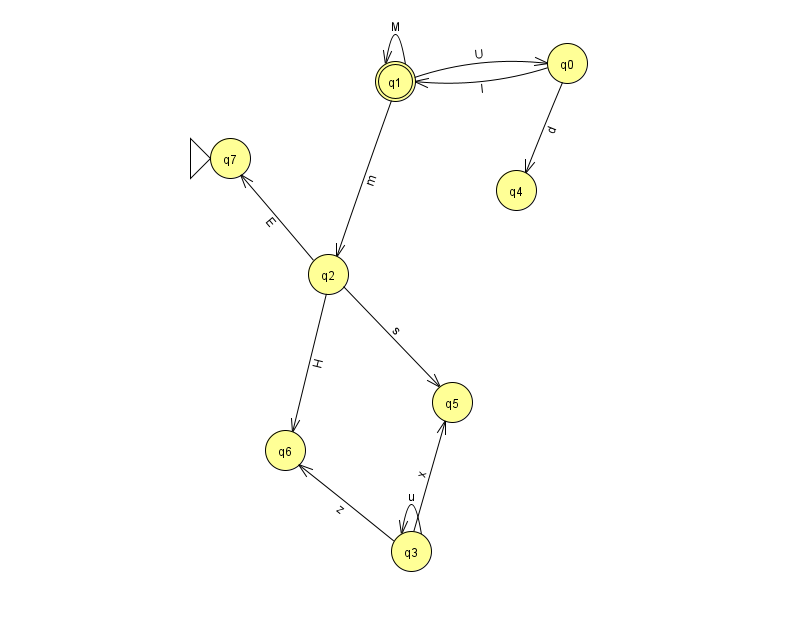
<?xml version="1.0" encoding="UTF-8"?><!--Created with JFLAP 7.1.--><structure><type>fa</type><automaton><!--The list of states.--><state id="0" name="q0"><x>567.0</x><y>50.0</y></state><state id="1" name="q1"><x>395.0</x><y>68.0</y><final/></state><state id="2" name="q2"><x>328.0</x><y>261.0</y></state><state id="3" name="q3"><x>411.0</x><y>538.0</y></state><state id="4" name="q4"><x>516.0</x><y>177.0</y></state><state id="5" name="q5"><x>452.0</x><y>389.0</y></state><state id="6" name="q6"><x>285.0</x><y>437.0</y></state><state id="7" name="q7"><x>230.0</x><y>145.0</y><initial/></state><!--The list of transitions.--><transition><from>2</from><to>6</to><read>H</read></transition><transition><from>2</from><to>7</to><read>E</read></transition><transition><from>1</from><to>0</to><read>U</read></transition><transition><from>2</from><to>5</to><read>s</read></transition><transition><from>3</from><to>3</to><read>u</read></transition><transition><from>3</from><to>6</to><read>z</read></transition><transition><from>0</from><to>4</to><read>d</read></transition><transition><from>1</from><to>2</to><read>m</read></transition><transition><from>0</from><to>1</to><read>l</read></transition><transition><from>3</from><to>5</to><read>x</read></transition><transition><from>1</from><to>1</to><read>M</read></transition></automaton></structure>